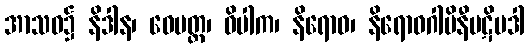
အာသဝ၌ နိဒါန၊ ဝေမတ္တ၊ ဝိပါက၊ နိရောဓ၊ နိရောဓဂါမိနီပဋိပဒါ